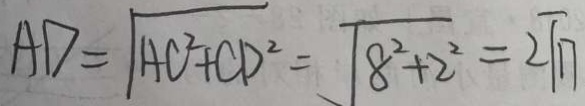
A D = \sqrt { A C ^ { 2 } + C D ^ { 2 } } = \sqrt { 8 ^ { 2 } + 2 ^ { 2 } } = 2 \sqrt { 1 7 }